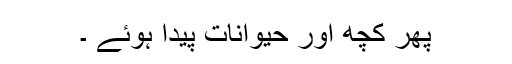
پھر کچھ اور حیوانات پیدا ہوئے ۔